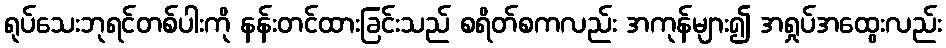
ရုပ်သေးဘုရင်တစ်ပါးကို နန်းတင်ထားခြင်းသည် စရိတ်စကလည်း အကုန်များ၍ အရှုပ်အထွေးလည်း